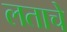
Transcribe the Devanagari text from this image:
लताचे